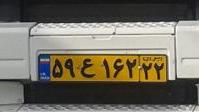
۵۹ع۱۶۲۲۲